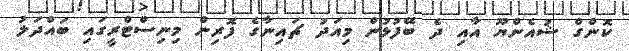
ކޮންގް ޝުއެންޔޫ އާއި ދެ ބޭފުޅުން މިއަދު ޗައިނާގެ ފޮރިން މިނިސްޓްރީގައި ބައްދަލު